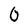
Character: 0